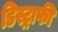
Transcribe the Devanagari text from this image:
डिस्ट्राफी